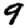
Digit: 9